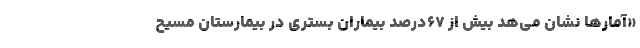
«آمارها نشان می‌هد بیش از ۶۷‌درصد بیماران بستری در بیمارستان مسیح